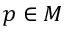
p \in M